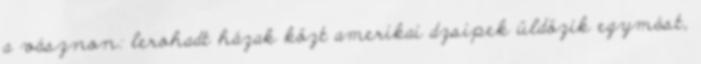
a vásznon: lerohadt házak közt amerikai dzsipek üldözik egymást,